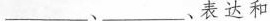
___、___、表达和